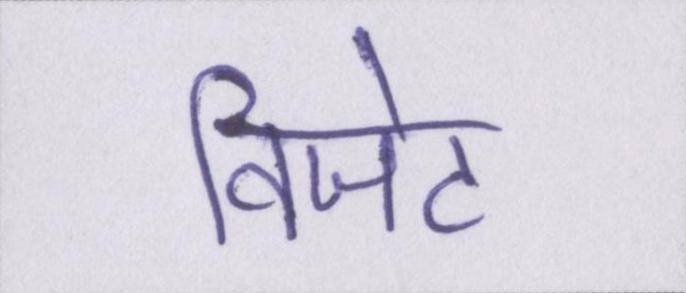
विजेट